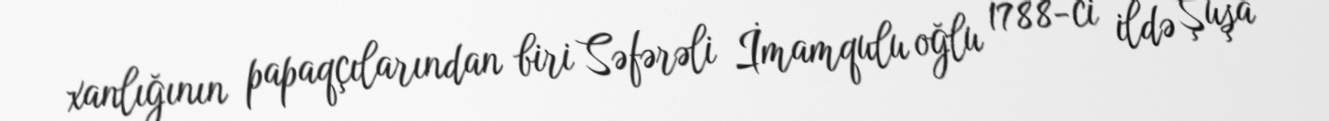
xanlığının papaqçılarından biri Səfərəli İmamqulu oğlu 1788-ci ildə Şuşa